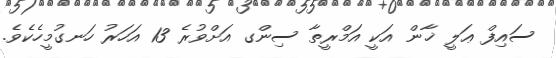
ސައިފް ޢަލީ ޚާން އަކީ އަމްރީތާ ސިންގ އަށްވުރެ 13 އަހަރު ހަނގުމީހެކެވެ.